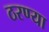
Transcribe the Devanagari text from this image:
ठरण्या